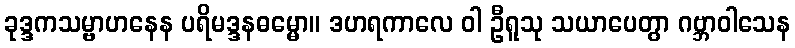
ခုဒ္ဒကသမ္ဗာဟနေန ပရိမဒ္ဒနဓမ္မော။ ဒဟရကာလေ ဝါ ဦရူသု သယာပေတွာ ဂဗ္ဘာဝါသေန